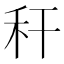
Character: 秆